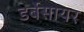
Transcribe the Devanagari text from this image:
डर्बेसायर